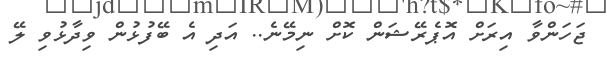
ޖަހަންވާ އިރަށް އޮޕެރޭޝަން ކޮށް ނިމޭނެ.. އަދި އެ ބޭފުޅުން ވިދާޅުވި ލޭ